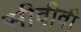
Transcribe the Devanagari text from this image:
सीवीवी